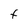
Character: f